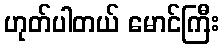
ဟုတ်ပါတယ် မောင်ကြီး